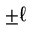
_ { \pm \ell }